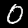
Label: 0